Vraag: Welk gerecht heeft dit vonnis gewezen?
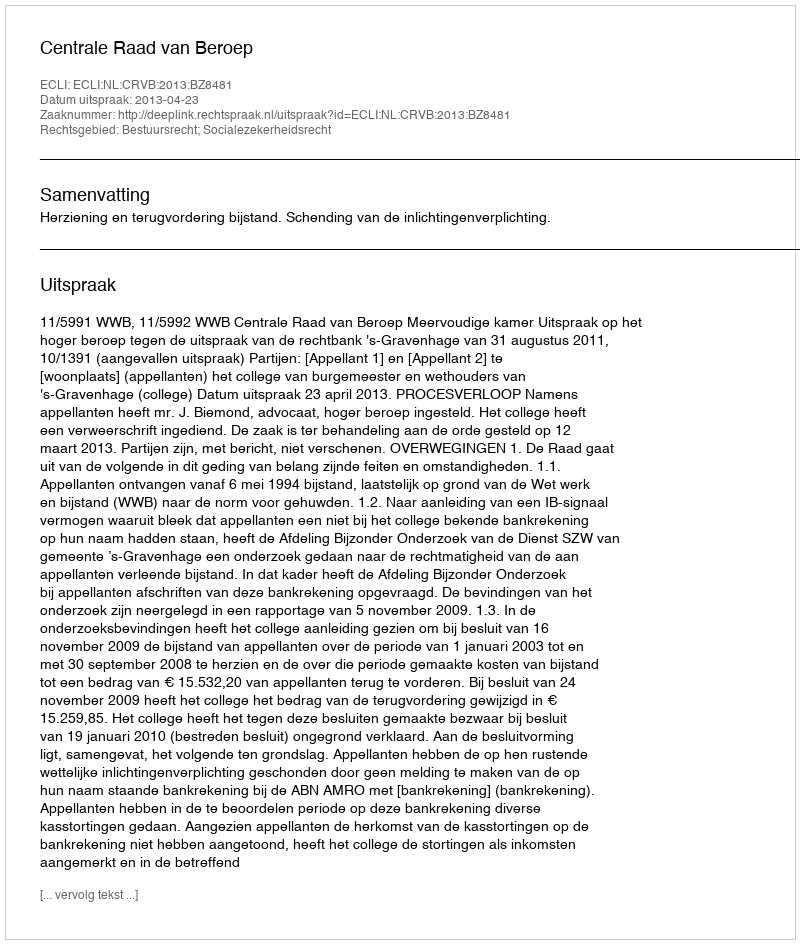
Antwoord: Centrale Raad van Beroep